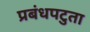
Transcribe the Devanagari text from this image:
प्रबंधपटुता